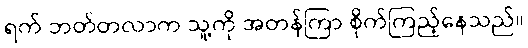
ရက် ဘတ်တလာက သူ့ကို အတန်ကြာ စိုက်ကြည့်နေသည်။